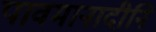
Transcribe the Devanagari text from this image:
पावमानादीनि